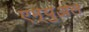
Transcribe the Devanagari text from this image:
एम्युअल